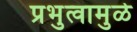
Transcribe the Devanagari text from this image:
प्रभुत्वामुळे